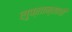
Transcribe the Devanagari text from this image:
लुफ्तान्साची